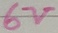
Text: 6V